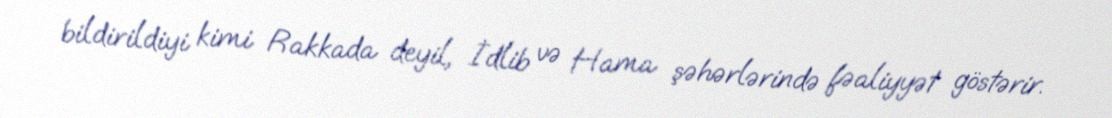
bildirildiyi kimi Rakkada deyil, İdlib və Hama şəhərlərində fəaliyyət göstərir.